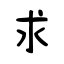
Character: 求